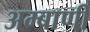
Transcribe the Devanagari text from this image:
अम्बाणी